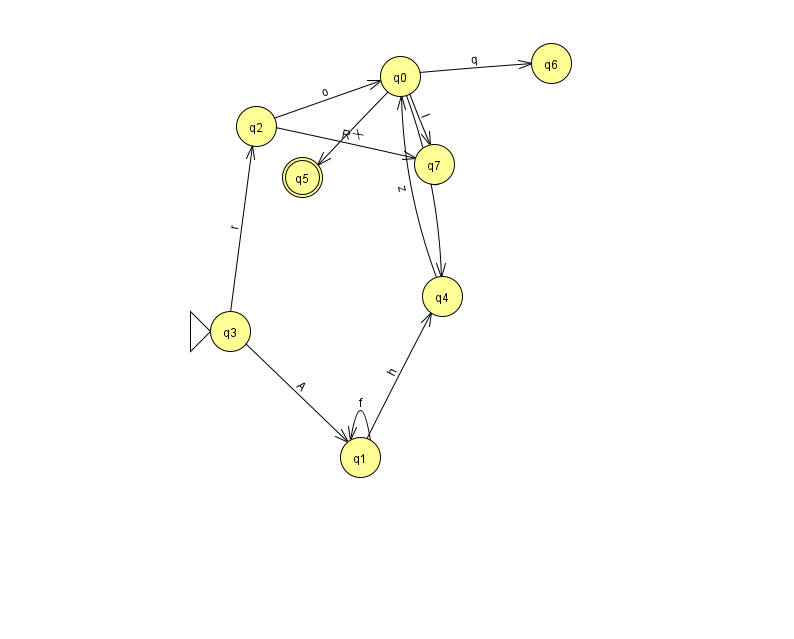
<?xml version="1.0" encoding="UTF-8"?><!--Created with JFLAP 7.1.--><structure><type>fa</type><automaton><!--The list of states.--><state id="0" name="q0"><x>400.0</x><y>63.0</y></state><state id="1" name="q1"><x>360.0</x><y>444.0</y></state><state id="2" name="q2"><x>256.0</x><y>113.0</y></state><state id="3" name="q3"><x>230.0</x><y>318.0</y><initial/></state><state id="4" name="q4"><x>442.0</x><y>283.0</y></state><state id="5" name="q5"><x>302.0</x><y>164.0</y><final/></state><state id="6" name="q6"><x>551.0</x><y>50.0</y></state><state id="7" name="q7"><x>434.0</x><y>151.0</y></state><!--The list of transitions.--><transition><from>0</from><to>6</to><read>q</read></transition><transition><from>1</from><to>4</to><read>h</read></transition><transition><from>0</from><to>5</to><read>X</read></transition><transition><from>0</from><to>7</to><read>l</read></transition><transition><from>3</from><to>2</to><read>r</read></transition><transition><from>1</from><to>1</to><read>f</read></transition><transition><from>0</from><to>4</to><read>o</read></transition><transition><from>2</from><to>0</to><read>o</read></transition><transition><from>4</from><to>0</to><read>z</read></transition><transition><from>2</from><to>7</to><read>R</read></transition><transition><from>3</from><to>1</to><read>A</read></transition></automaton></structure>